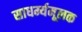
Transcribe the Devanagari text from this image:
साधर्म्यमूलक